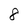
Character: 8